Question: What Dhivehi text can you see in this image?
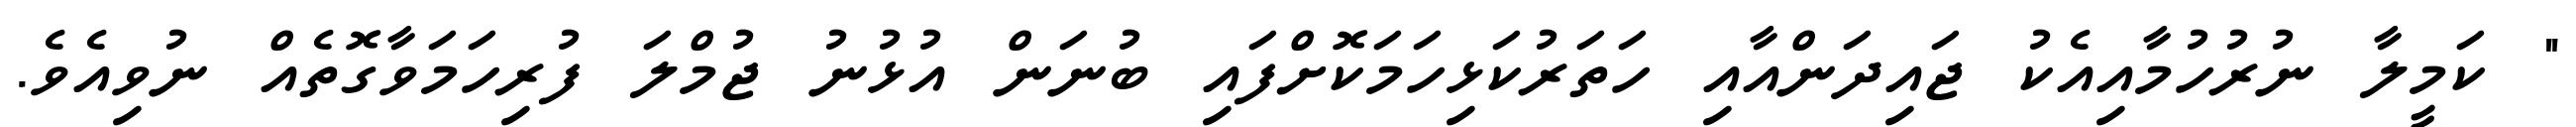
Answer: " ކަމީލާ ނުރުހުމާއިއެކު ޖައިދަންއާއި ހަތަރުކަޅިހަމަކޮށްފައި ބުނަން އުޅުނު ޖުމްލަ ފުރިހަމަވާގޮތެއް ނުވިއެވެ.